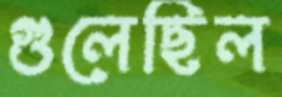
গুলেছিল